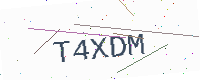
Text: T4XDM